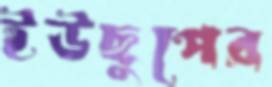
ইউছুপের